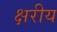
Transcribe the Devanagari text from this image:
क्षरीय